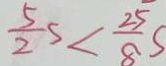
\frac { 5 } { 2 } s < \frac { 2 5 } { 8 } S